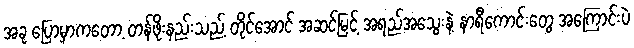
အခု ပြောမှာကတော့ တန်ဖိုးနည်းသည့် တိုင်အောင် အဆင့်မြင့် အရည်အသွေးနဲ့ နာရီကောင်းတွေ အကြောင်းပဲ